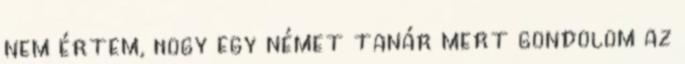
nem értem, hogy egy német tanár mert gondolom az